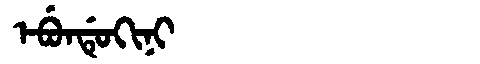
Manchu: ᡝᠪᡠᠨᡩᡠᡴᡳᠨᡳ
Romanization: EBUNDUKINI